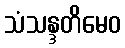
သံသန္ဒတိမေဝ